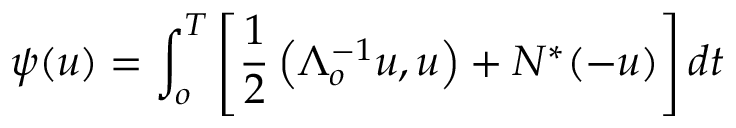
\psi ( u ) = \int _ { o } ^ { T } \left[ \frac { 1 } { 2 } \left( \Lambda _ { o } ^ { - 1 } u , u \right) + N ^ { \ast } ( - u ) \right] d t